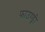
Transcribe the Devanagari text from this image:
फाउण्ड्री